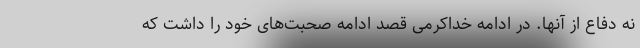
نه دفاع از آنها. در ادامه خداکرمی قصد ادامه صحبت‌های خود را داشت که